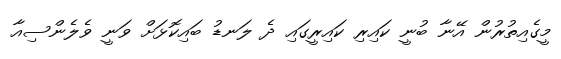
މީގެއިތުރުން އޭނާ ބުނީ ކައިރި ކައިރީގައި ދެ ލަނޑު ބައިކޮޅަށް ވަނީ ވެލެންސިއާ